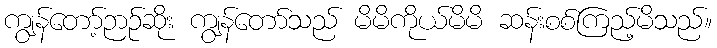
ကျွန်တော့်ဉာဉ်ဆိုး ကျွန်တော်သည် မိမိကိုယ်မိမိ ဆန်းစစ်ကြည့်မိသည်။